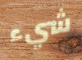
شيء